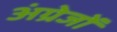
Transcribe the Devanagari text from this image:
अंग्रेजोंं